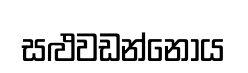
සළුවඩන්නෝය